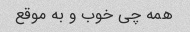
همه چی خوب و به موقع